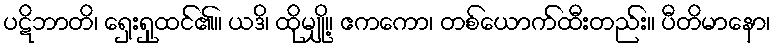
ပဋိဘာတိ၊ ရှေးရှုထင်၏။ ယဒိ၊ ထိုမျှို့။ ဧကကော၊ တစ်ယောက်ထီးတည်း။ ပီတိမာနော၊